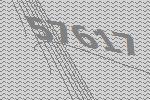
57617